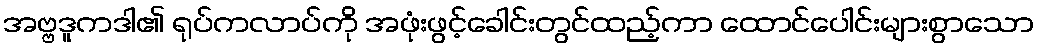
အဗ္ဗဒူကဒါ၏ ရုပ်ကလာပ်ကို အဖုံးဖွင့်ခေါင်းတွင်ထည့်ကာ ထောင်ပေါင်းများစွာသော